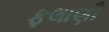
ફલાણી